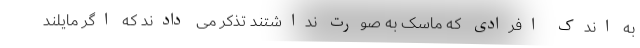
به اندک افرادی که ماسک به صورت نداشتند تذکر می دادند که اگر مایلند